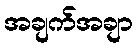
အချက်အချာ